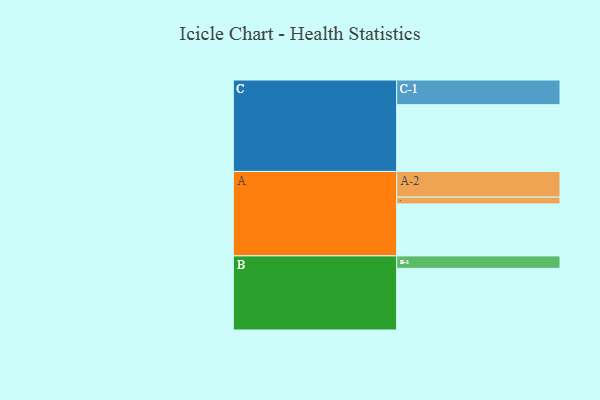
{"axis": {"x": "Segment", "y": "Value"}, "legend": ["", "A", "B", "C"], "data": [{"x": "A", "y": 447, "type": ""}, {"x": "B", "y": 530, "type": ""}, {"x": "C", "y": 574, "type": ""}, {"x": "A-1", "y": 58, "type": "A"}, {"x": "A-2", "y": 221, "type": "A"}, {"x": "B-1", "y": 107, "type": "B"}, {"x": "C-1", "y": 212, "type": "C"}]}